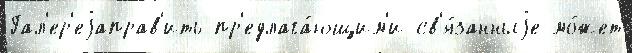
Гал'ер'еjаправ'ить пр'едлага́ющим'и св'я́занныjе мо́жет